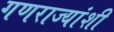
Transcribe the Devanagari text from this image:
गणराज्यांशी